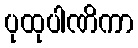
ပုထုပါဏိကာ